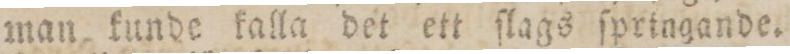
man kunde kalla det ett ſlags ſpringande.